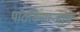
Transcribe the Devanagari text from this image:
पाठविणाऱ्याचे